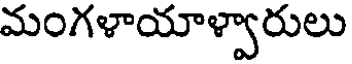
మంగళాయాళ్వారులు